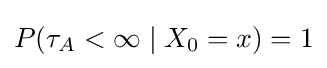
P(\tau _{A}<\infty \mid X_{0}=x)=1